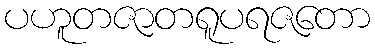
ပဟူတဇာတရူပရဇတော